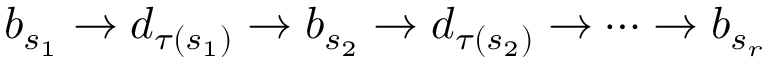
b _ { s _ { 1 } } \rightarrow d _ { \tau ( s _ { 1 } ) } \rightarrow b _ { s _ { 2 } } \rightarrow d _ { \tau ( s _ { 2 } ) } \rightarrow \dots \rightarrow b _ { s _ { r } }